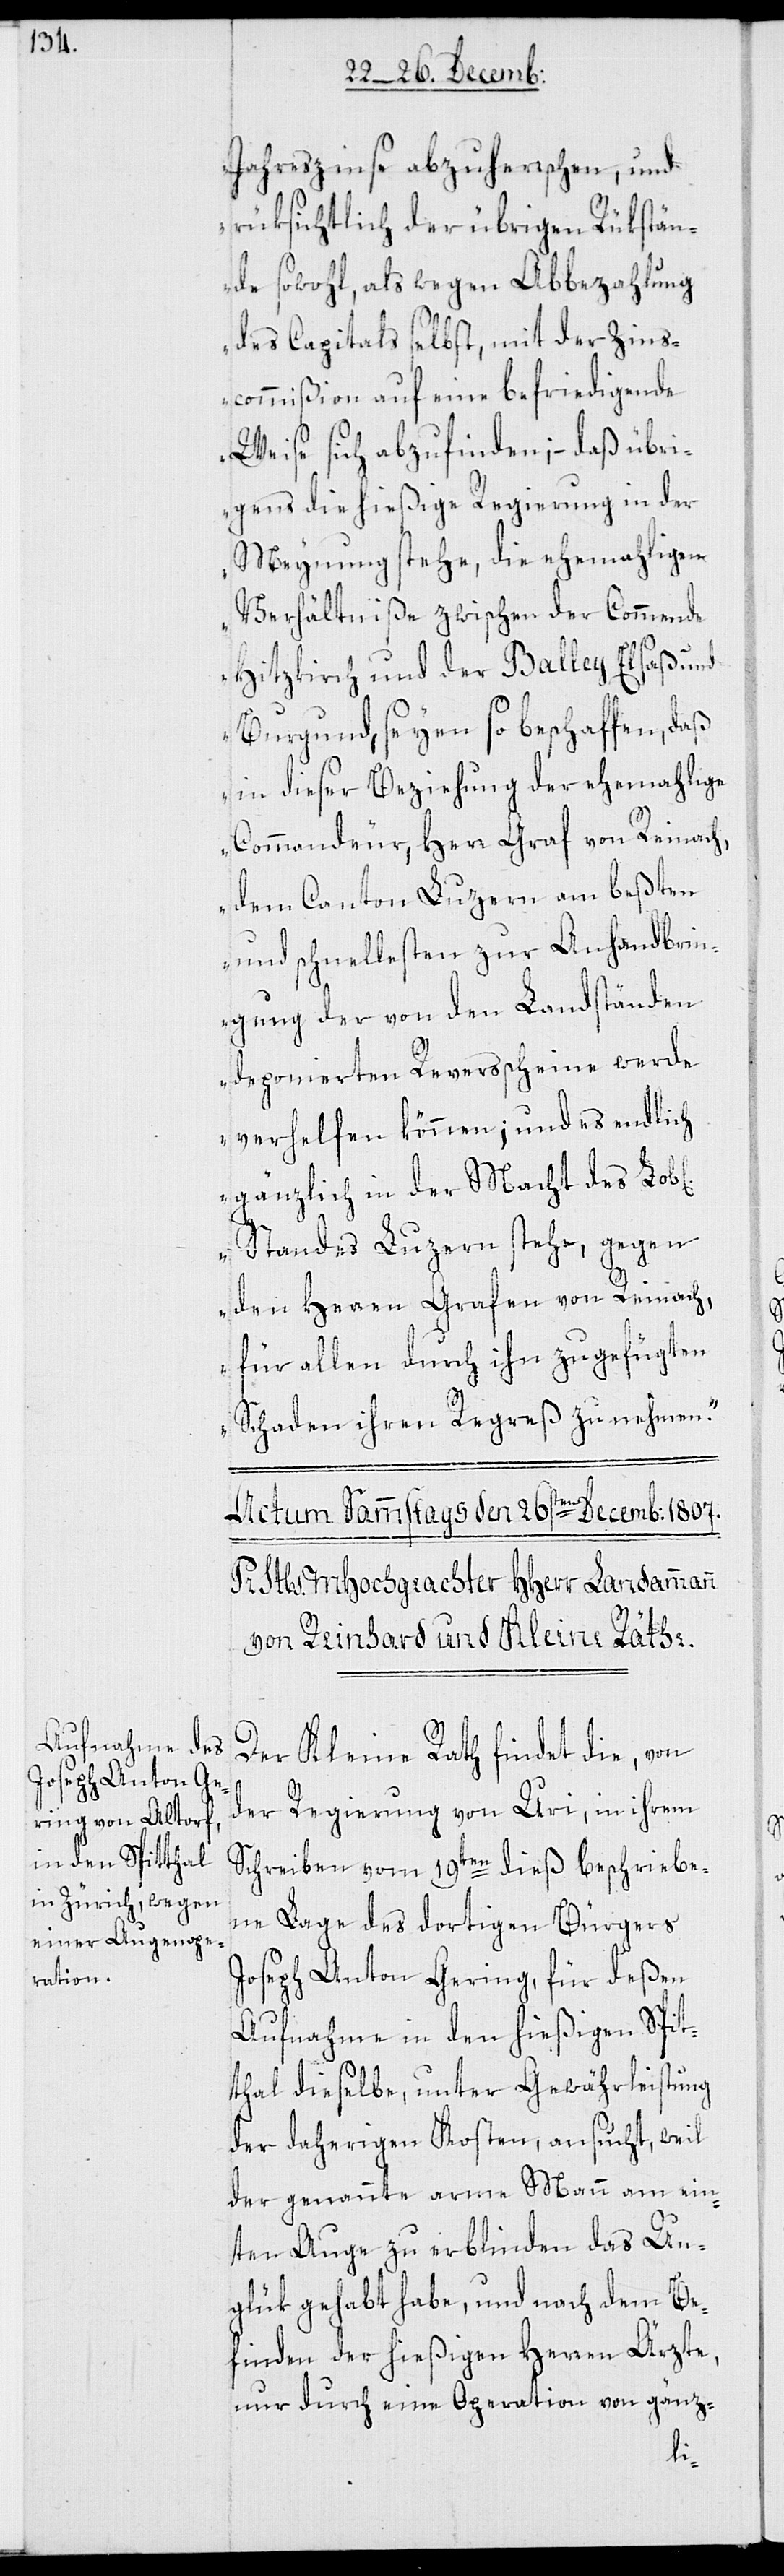
Jahreszinse abzuherrschen, und
rüksichtlich der übrigen Rükstän¬
de sowohl, als wegen Abbezahlung
des Capitals selbst, mit der Zins¬
commißion auf eine befriedigende
Weise sich abzufinden; – daß übri¬
gens die hießige Regierung in der
Meinung stehe, die ehemahligen
Verhältniße zwischen der Commende
Hitzkirch und der Balley Elsaß und
Burgund, seyen so beschaffen, daß
in dieser Beziehung der ehemahlige
Commandeur, Herr Graf von Reinach,
dem Canton Luzern am beßten
und schnellesten zur Anhandbrin¬
gung der von den Landständen
deponierten Reversscheine werde
verhelfen können; und es endlich
gänzlich in der Macht des Lob[l¬
Standes Luzern stehe, gegen
den Herren Grafen von Reinach,
für allen durch ihn zugefügten
Schaden ihren Regreß zu nehmen.“
Der Kleine Rath findet die, von
der Regierung von Uri in ihrem
Schreiben vom 19ten dieß beschriebe¬
ne Lage des dortigen Bürgers
Joseph Anton Gering, für deßen
Aufnahme in den hießigen Spit¬
thal dieselbe, unter Gewährleistung
der daherigen Kosten, ansucht, weil
der genannte arme Mann am ein¬
ten Auge zu erblinden das Un¬
glük gehabt habe, und nach dem Be¬
finden der hießigen Herren Ärzte,
nur durch eine Operation von gänz-
hen]